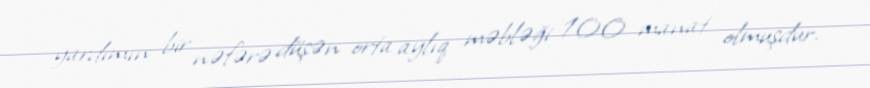
yardımın bir nəfərə düşən orta aylıq məbləği 100 manat olmuşdur.